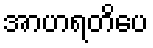
အာဟရတိပေ